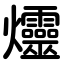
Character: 爧